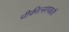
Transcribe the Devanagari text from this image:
चीकीत्सापाढती